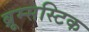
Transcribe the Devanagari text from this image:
ब्रूम्सस्टिक